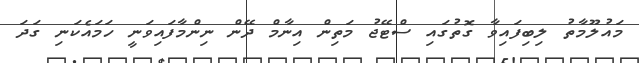
މައުލޫމާތު ލިބިފައިވާ ގޮތުގައި ސްޓޭޖު މަތިން އިނާމް ދޭން ނިންމާފައިވަނީ ހަމައެކަނި ގަދަ